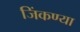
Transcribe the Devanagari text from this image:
जिंकण्या